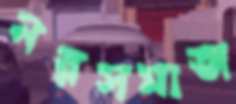
নরসমাজ